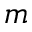
m